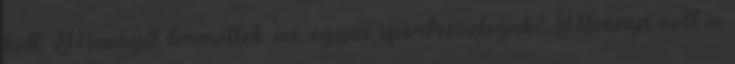
kell: Mennyit termeltek az egyes sportrészlegek? Mennyi volt a